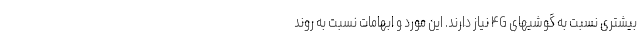
بیشتری نسبت به گوشیهای ۴G نیاز دارند. این مورد و ابهامات نسبت به روند